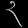
Digit: ၃